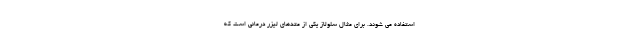
استفاده می شوند. برای مثال سلولاز یکی از متدهای لیزر درمانی است که